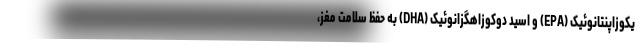
یکوزاپنتانوئیک (EPA) و اسید دوکوزاهگزانوئیک (DHA) به حفظ سلامت مغز،